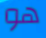
هو